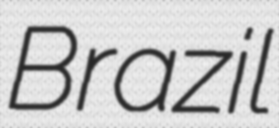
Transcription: Brazil